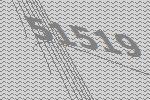
51519